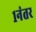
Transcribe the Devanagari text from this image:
१नंतर